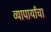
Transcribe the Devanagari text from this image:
व्यापार्यांचा